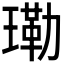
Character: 𤨕